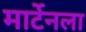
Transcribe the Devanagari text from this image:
मार्टेनला